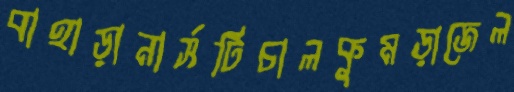
বাহাড়ানার্সটিচালকুমড়াজেল